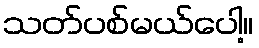
သတ်ပစ်မယ်ပေါ့။